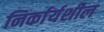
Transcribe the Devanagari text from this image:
निर्कार्यशील